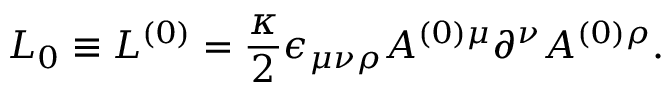
{ \cal L } _ { 0 } \equiv { \cal L } ^ { ( 0 ) } = \frac { \kappa } { 2 } \epsilon _ { \mu \nu \rho } A ^ { ( 0 ) \mu } \partial ^ { \nu } A ^ { ( 0 ) \rho } .